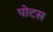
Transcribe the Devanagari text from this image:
पोटस